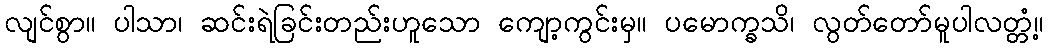
လျင်စွာ။ ပါသာ၊ ဆင်းရဲခြင်းတည်းဟူသော ကျော့ကွင်းမှ။ ပမောက္ခသိ၊ လွတ်တော်မူပါလတ္တံ့။